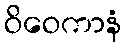
ဝိဝေကာနံ